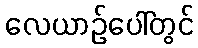
လေယာဉ်ပေါ်တွင်